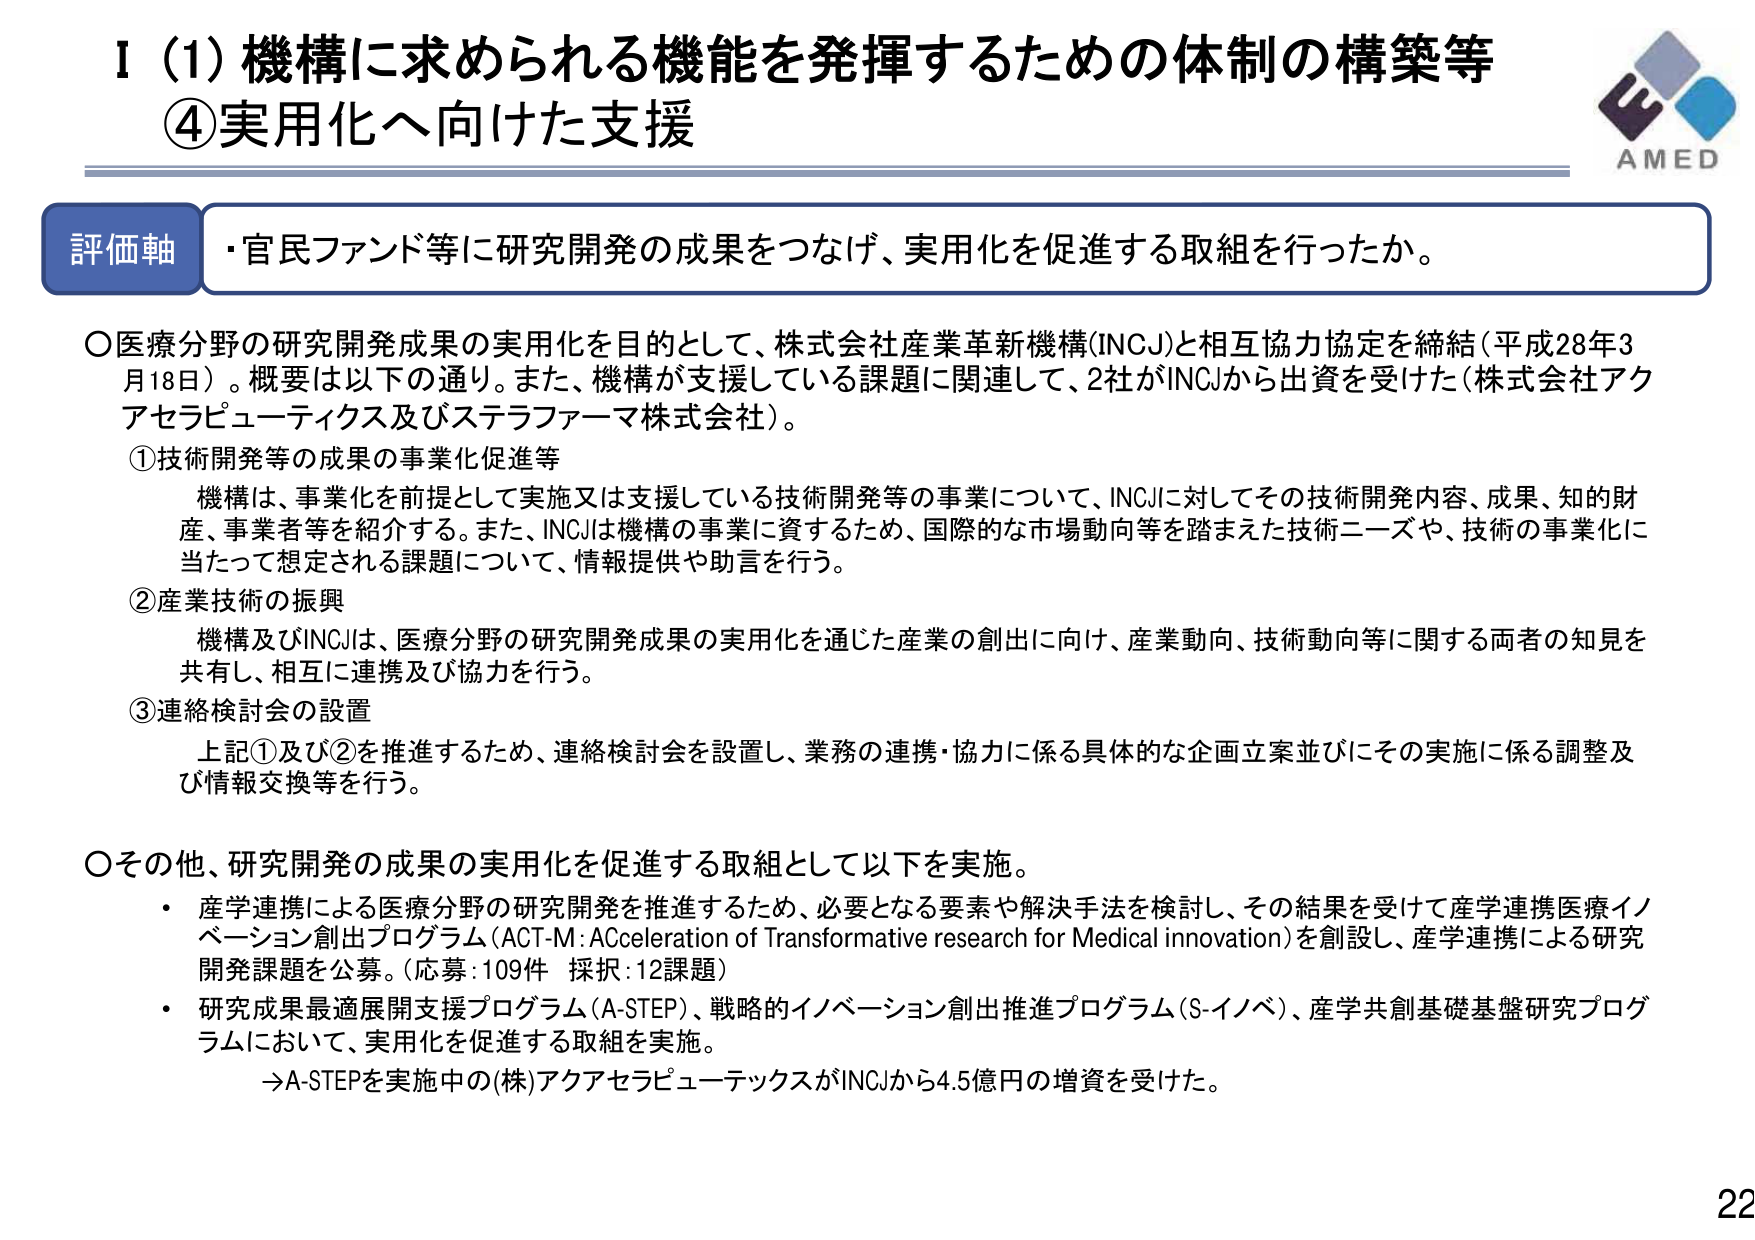
I（1）機構に求められる機能を発揮するための体制の構築等
④実用化へ向けた支援

評価軸
・官民ファンド等に研究開発の成果をつなげ、実用化を促進する取組を行ったか。

○医療分野の研究開発成果の実用化を目的として、株式会社産業革新機構(INCJ)と相互協力協定を締結（平成28年3月18日）。概要は以下の通り。また、機構が支援している課題に関連して、2社がINCJから出資を受けた（株式会社アクアセラピューティクス及びステラファーマ株式会社）。

①技術開発等の成果の事業化促進等
　機構は、事業化を前提として実施又は支援している技術開発等の事業について、INCJに対してその技術開発内容、成果、知的財産、事業者等を紹介する。また、INCJは機構の事業に資するため、国際的な市場動向等を踏まえた技術ニーズや、技術の事業化に当たって想定される課題について、情報提供や助言を行う。

②産業技術の振興
　機構及びINCJは、医療分野の研究開発成果の実用化を通じた産業の創出に向け、産業動向、技術動向等に関する両者の知見を共有し、相互に連携及び協力を行う。

③連絡検討会の設置
　上記①及び②を推進するため、連絡検討会を設置し、業務の連携・協力に係る具体的な企画立案並びにその実施に係る調整及び情報交換等を行う。

○その他、研究開発の成果の実用化を促進する取組として以下を実施。
・産学連携による医療分野の研究開発を推進するため、必要となる要素や解決手法を検討し、その結果を受けて産学連携医療イノベーション創出プログラム（ACT-M：Acceleration of Transformative research for Medical innovation）を創設し、産学連携による研究開発課題を公募。（応募：109件 採択：12課題）
・研究成果最適展開支援プログラム（A-STEP）、戦略的イノベーション創出推進プログラム（S-イノベ）、産学共創基礎基盤研究プログラムにおいて、実用化を促進する取組を実施。
　→A-STEPを実施中の(株)アクアセラピューティクスがINCJから4.5億円の増資を受けた。

AMED
22